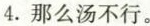
4.那么汤不行.